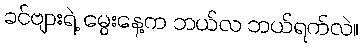
ခင်ဗျားရဲ့ မွေးနေ့က ဘယ်လ ဘယ်ရက်လဲ။